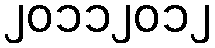
၂၀၁၁၂၀၁၂